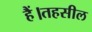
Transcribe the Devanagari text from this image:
हैं।तहसील